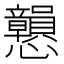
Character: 𢥿